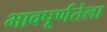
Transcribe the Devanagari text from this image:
भावपूर्णतेला